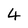
Character: 4